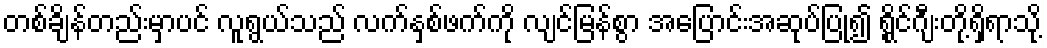
တစ်ချိန်တည်းမှာပင် လူရွယ်သည် လက်နှစ်ဖက်ကို လျင်မြန်စွာ အပြောင်းအဆုပ်ပြု၍ ရွိုင်ဂျီးတို့ရှိရာသို့